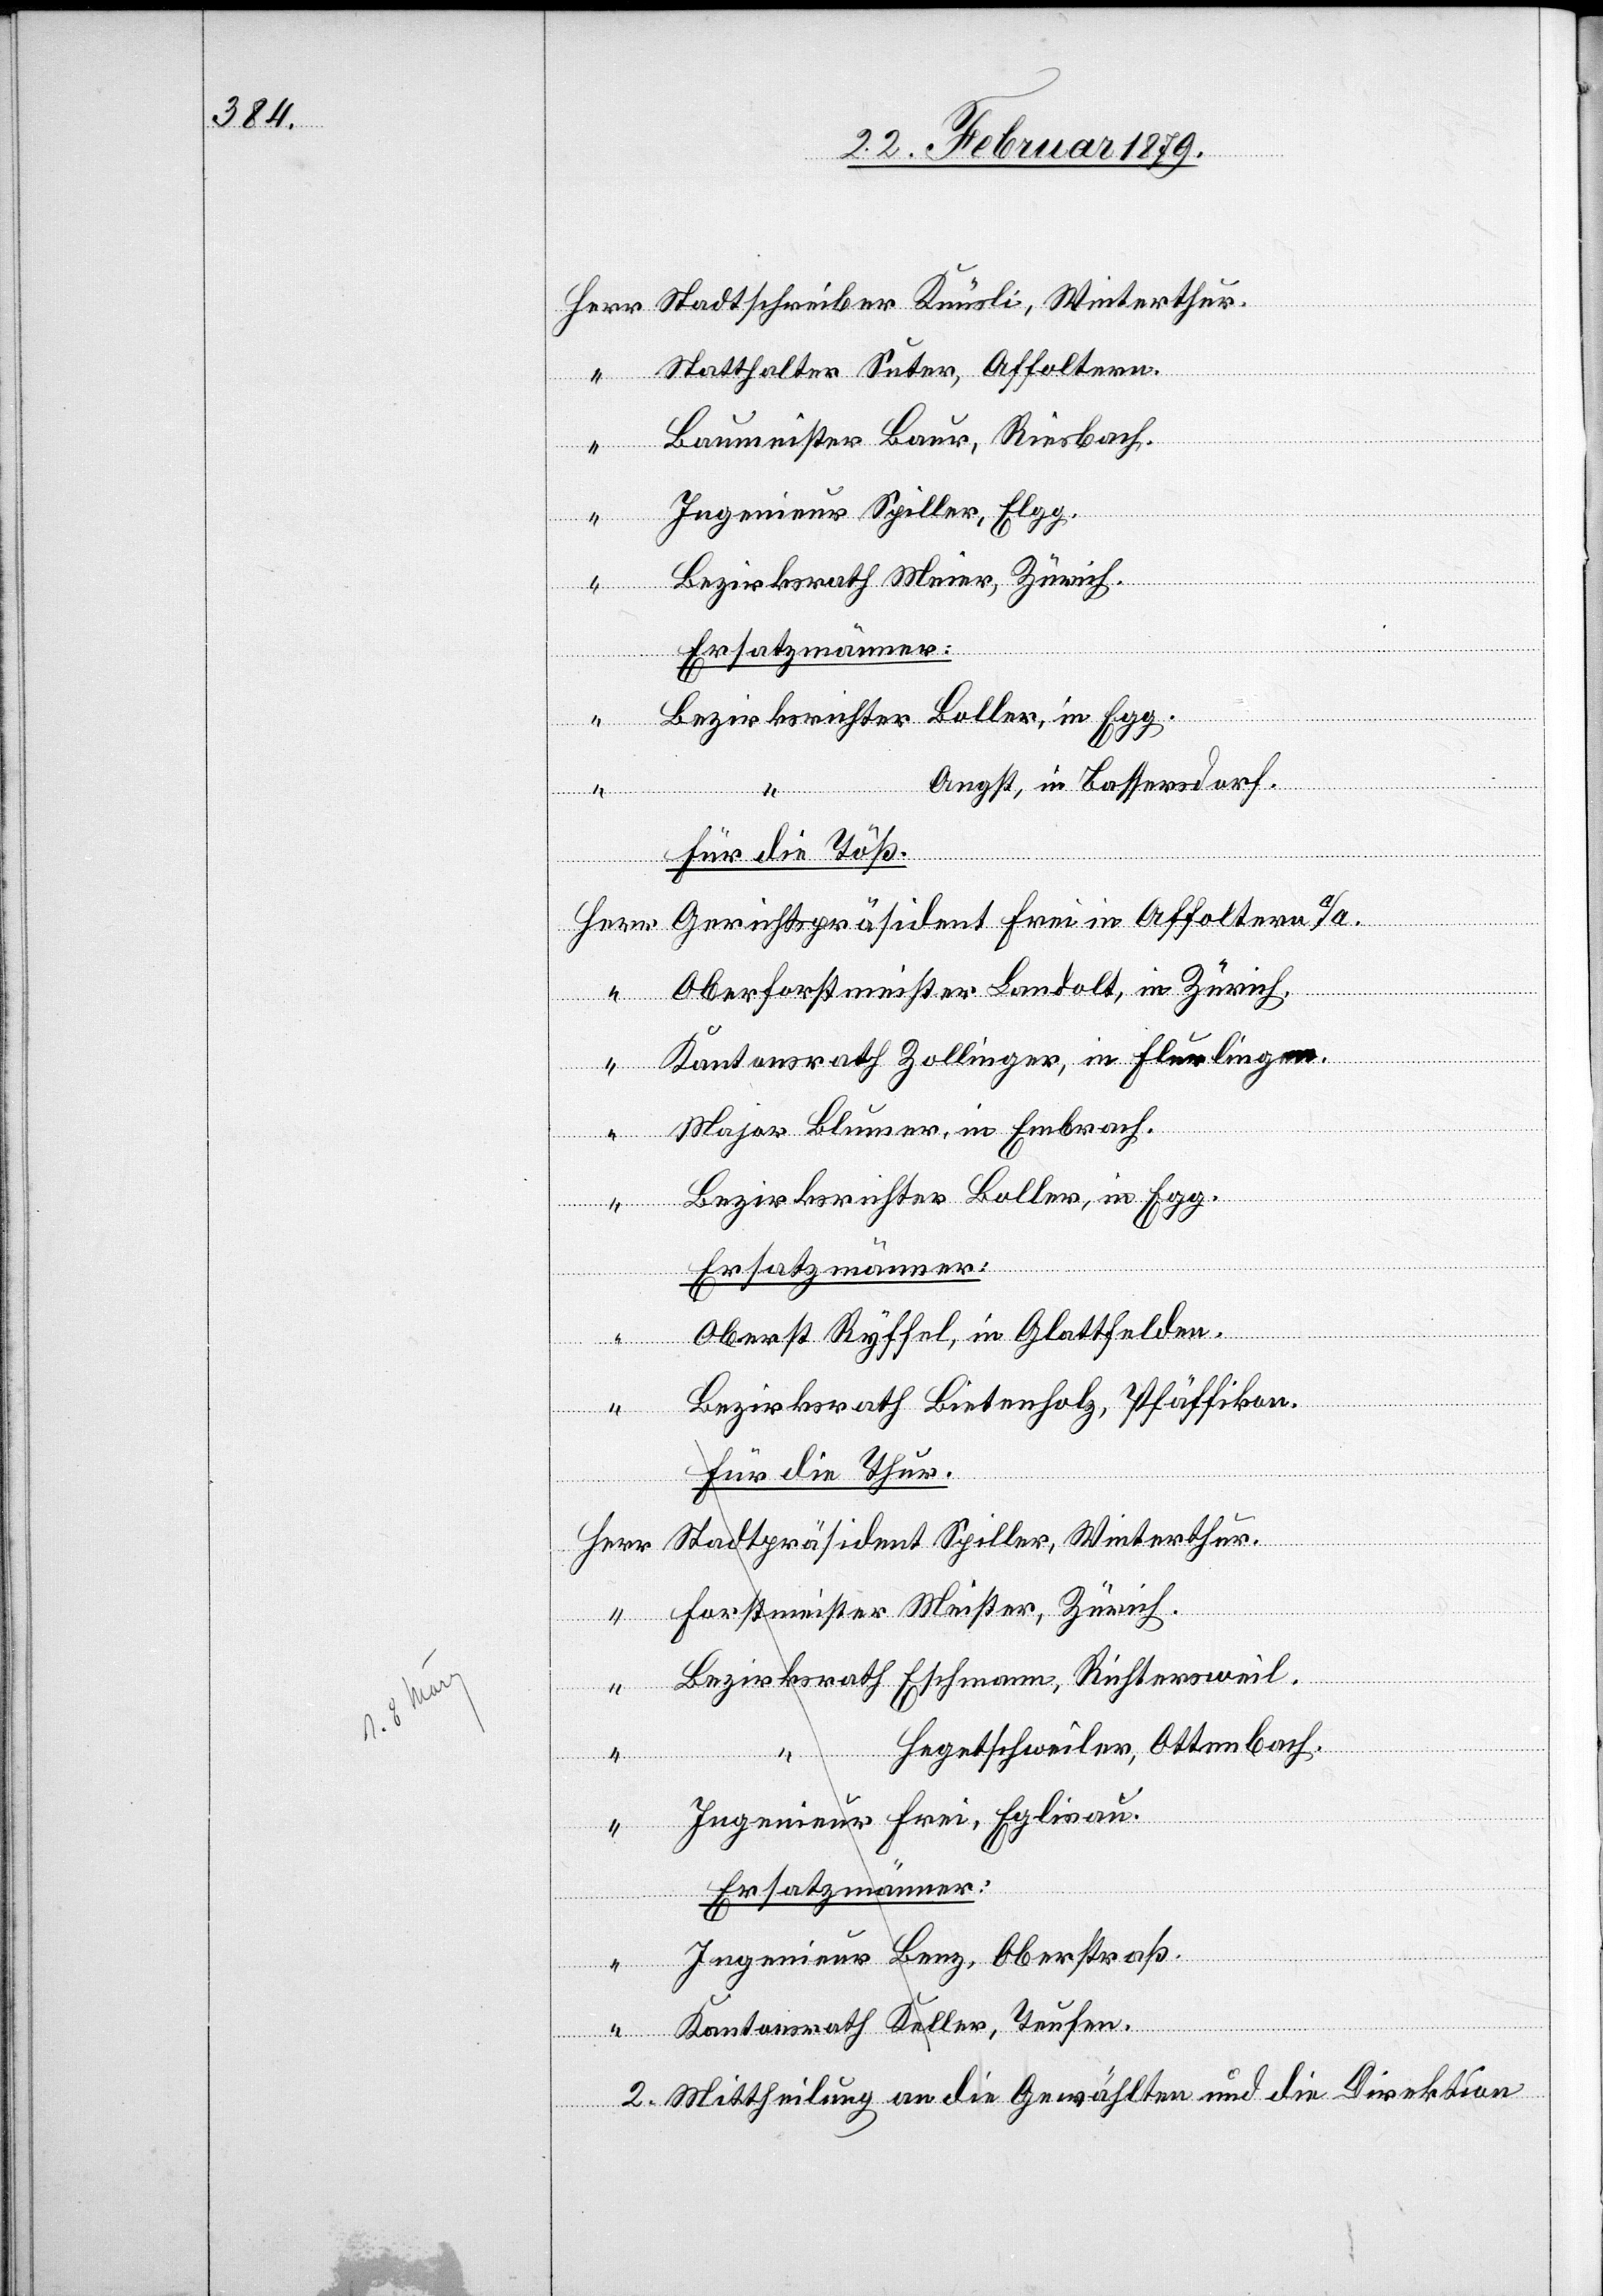
Statthalter Suter, Affoltern
spräsident
Herr
Baumeister Baur, Riesbach.
Ingenieur Spiller, Elgg.
Bezirksrath Meier, Zürich.
Ersatzmänner:
Angst, in Bassersdorf.
Für die Töß.
Oberforstmeister Landolt, in Zürich.
Kantonsrath Zollinger, in Flurlingen.
Major Blumer, in Embrach.
“
Bezirksrichter Boller, in Egg.
Ersatzmänner:
Oberst Ryffel, in Glattfelden.
Bezirksrath Bietenholz, Pfäffikon.
Für die Thur:
Stadtpräsident Spiller, Winterthur.
“
Forstmeister Meister, Zürich.
“
adts¬
Bezirksrath Eschmann, Richterswil.
“ Hegetschweiler, Ottenbach
Ingenieur Frei, Eglisau.
Ersatzmänner:
Ingenieur Benz, Oberstraß.
Winterthur.
foltern
Kantonsrath Keller, Teufen.
2. Mittheilung an die Gewählten und die Direktion